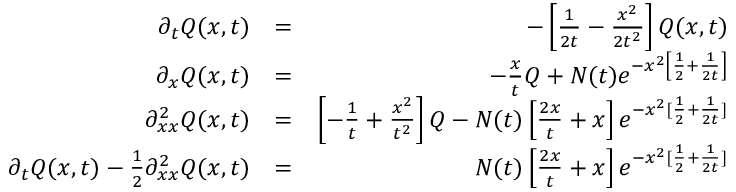
\begin{array} { r l r } { \partial _ { t } Q ( x , t ) } & { = } & { - \left[ \frac { 1 } { 2 t } - \frac { x ^ { 2 } } { 2 t ^ { 2 } } \right] Q ( x , t ) } \\ { \partial _ { x } Q ( x , t ) } & { = } & { - \frac { x } { t } Q + N ( t ) e ^ { - x ^ { 2 } \left[ \frac { 1 } { 2 } + \frac { 1 } { 2 t } \right] } } \\ { \partial _ { x x } ^ { 2 } Q ( x , t ) } & { = } & { \left[ - \frac { 1 } { t } + \frac { x ^ { 2 } } { t ^ { 2 } } \right] Q - N ( t ) \left[ \frac { 2 x } { t } + x \right] e ^ { - x ^ { 2 } [ \frac { 1 } { 2 } + \frac { 1 } { 2 t } ] } } \\ { \partial _ { t } Q ( x , t ) - \frac { 1 } { 2 } \partial _ { x x } ^ { 2 } Q ( x , t ) } & { = } & { N ( t ) \left[ \frac { 2 x } { t } + x \right] e ^ { - x ^ { 2 } [ \frac { 1 } { 2 } + \frac { 1 } { 2 t } ] } } \end{array}